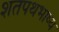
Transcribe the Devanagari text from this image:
शतपथभाष्य